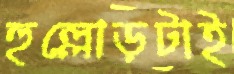
হুল্লোড়টাই